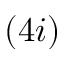
( 4 i )